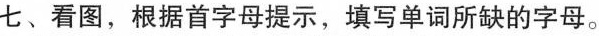
七、看图，根据首字母提示，填写单词所缺的字母。